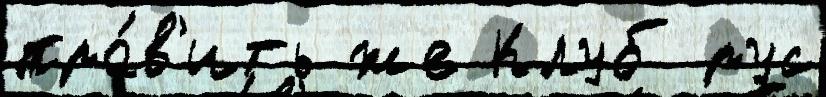
пра́в'ить же Клуб рус